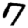
Digit: 7